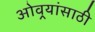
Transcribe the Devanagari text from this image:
ओवर्‍यांसाठी